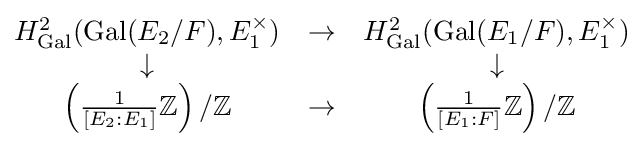
{\begin{matrix}H_{\text{Gal}}^{2}({\text{Gal}}(E_{2}/F),E_{1}^{\times })&\to &H_{\text{Gal}}^{2}({\text{Gal}}(E_{1}/F),E_{1}^{\times })\\\downarrow &&\downarrow \\\left({\frac {1}{[E_{2}:E_{1}]}}\mathbb {Z} \right)/\mathbb {Z} &\to &\left({\frac {1}{[E_{1}:F]}}\mathbb {Z} \right)/\mathbb {Z} \end{matrix}}